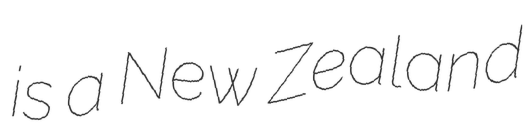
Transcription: is a New Zealand